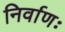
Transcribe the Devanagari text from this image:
निर्वाणः